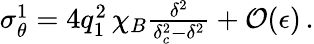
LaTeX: \begin{array}{r}{\sigma_{\theta}^{1}=4q_{1}^{2}\, \chi_{B}\frac{\delta^{2}}{\delta_{c}^{2}-\delta^{2}}+\mathcal{O}(\epsilon)\, .}\end{array}